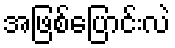
အဖြစ်ပြောင်းလဲ